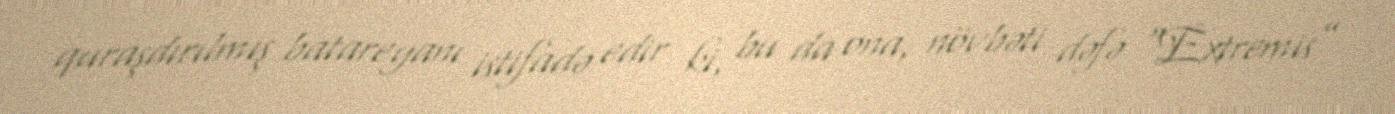
quraşdırılmış batareyanı istifadə edir ki, bu da ona, növbəti dəfə “Extremis”